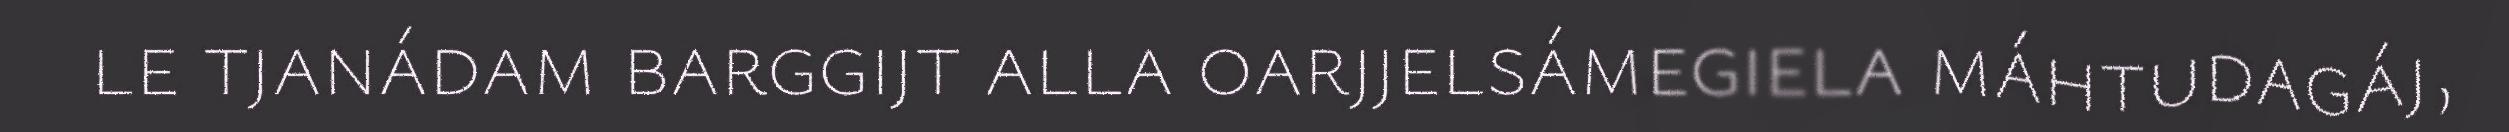
le tjanádam barggijt alla oarjjelsámegiela máhtudagáj,